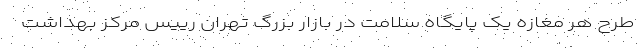
طرح هر مغازه یک پایگاه سلامت در بازار بزرگ تهران رییس مرکز بهداشت